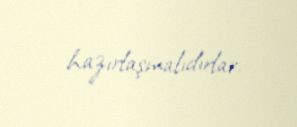
hazırlaşmalıdırlar.